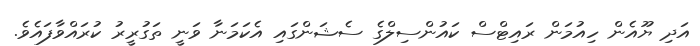
އަދި ޔޫއެން ހިއުމަން ރައިޓްސް ކައުންސިލްގެ ސެޝަންގައި އެކަމަނާ ވަނީ ތަގުރީރު ކުރައްވާފައެވެ.